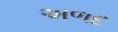
અળદ